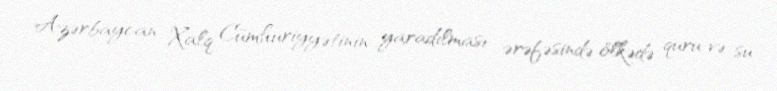
Azərbaycan Xalq Cümhuriyyətinin yaradılması ərəfəsində ölkədə quru və su